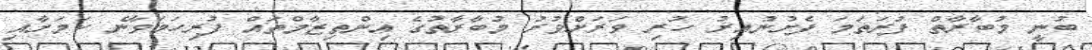
ބުނީ މުބާރާތް ފުރަތަމަ ފެށުނުއިރު ހުރި ވަރަށްވުރު މުބާރާތުގެ އިންތިޒާމްތައް ފުރިހަމަވާނެ ކަމަށާއި